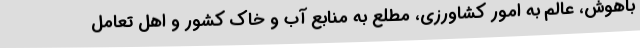
باهوش، عالم به امور کشاورزی، مطلع به منابع آب و خاک کشور و اهل تعامل